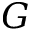
\boldsymbol { G }